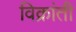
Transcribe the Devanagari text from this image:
विक्रांती